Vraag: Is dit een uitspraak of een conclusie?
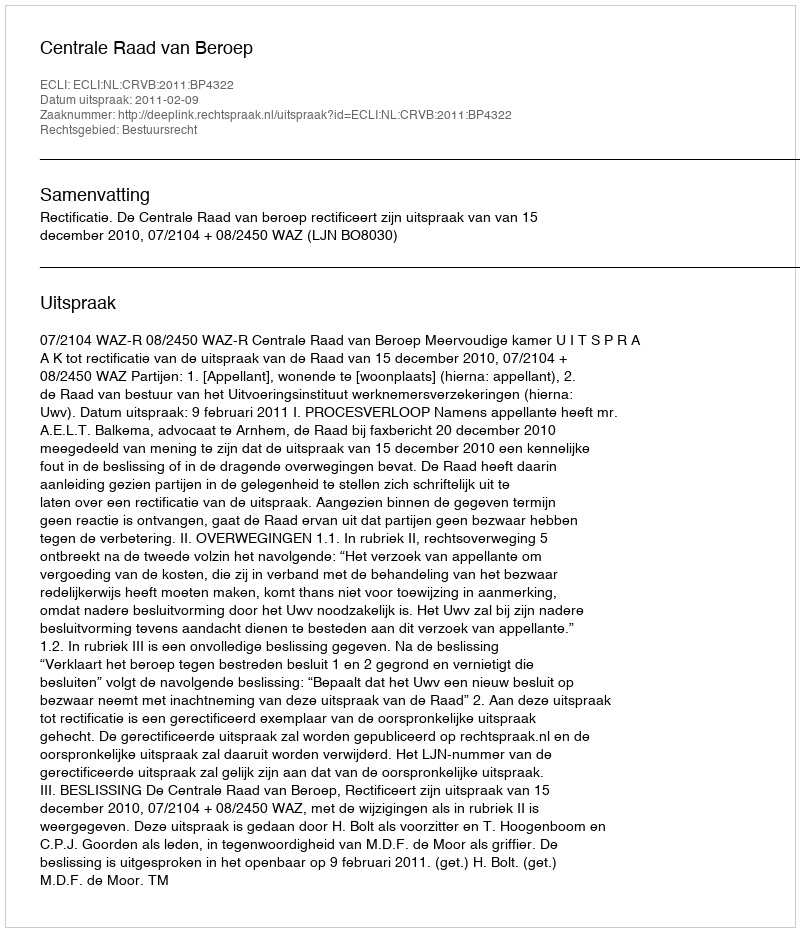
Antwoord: Uitspraak